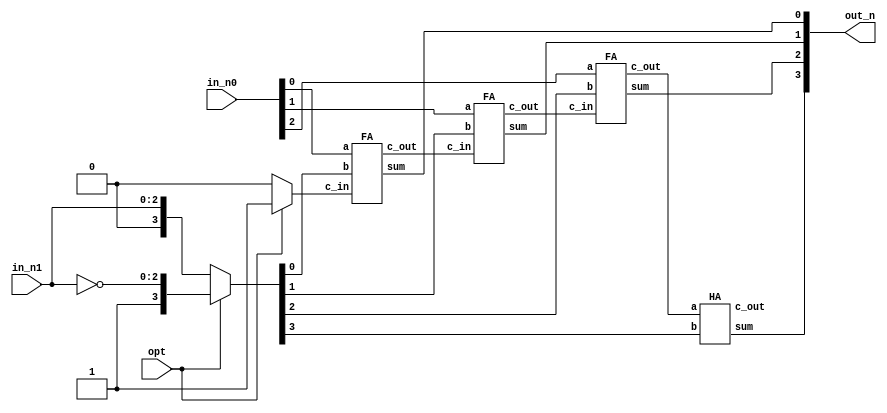
module CORE (
	in_n0,
    in_n1,
    opt,
    out_n
);

input [2:0] in_n0, in_n1;
input opt;
output [3:0] out_n;

reg [3:0] in_n1_inv;
reg carry_in;
wire [3:0] tmp;

always @ (*) begin
	if(opt) begin
		in_n1_inv = {1'b1, ~in_n1};
		carry_in = 1'b1;
	end
	else begin
		in_n1_inv = {1'b0,in_n1};
		carry_in = 1'b0;
	end
end

FA FA0 (.a(in_n0[0]),.b(in_n1_inv[0]),.c_in(carry_in),.sum(out_n[0]),.c_out(tmp[0]));
FA FA1 (.a(in_n0[1]),.b(in_n1_inv[1]),.c_in(tmp[0]),.sum(out_n[1]),.c_out(tmp[1]));
FA FA2 (.a(in_n0[2]),.b(in_n1_inv[2]),.c_in(tmp[1]),.sum(out_n[2]),.c_out(tmp[2]));
HA HA3 (.a(tmp[2]),.b(in_n1_inv[3]),.sum(out_n[3]),.c_out(tmp[3]));

endmodule 


module HA(
	a, 
	b, 
	sum, 
	c_out
);
	input wire a, b;
	output wire sum, c_out;
	
	xor (sum, a, b);
	and (c_out, a, b);

endmodule


module FA(
	a, 
	b, 
	c_in, 
	sum, 
	c_out
);
	input   a, b, c_in;
	output  sum, c_out;
	wire   w1, w2, w3;

	HA M1(.a(a), .b(b), .sum(w1), .c_out(w2));
	HA M2(.a(w1), .b(c_in), .sum(sum), .c_out(w3));
	or (c_out, w2, w3);
endmodule